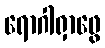
ရောဂါရှာဖွေ